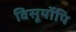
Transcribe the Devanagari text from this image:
विसूर्योपि